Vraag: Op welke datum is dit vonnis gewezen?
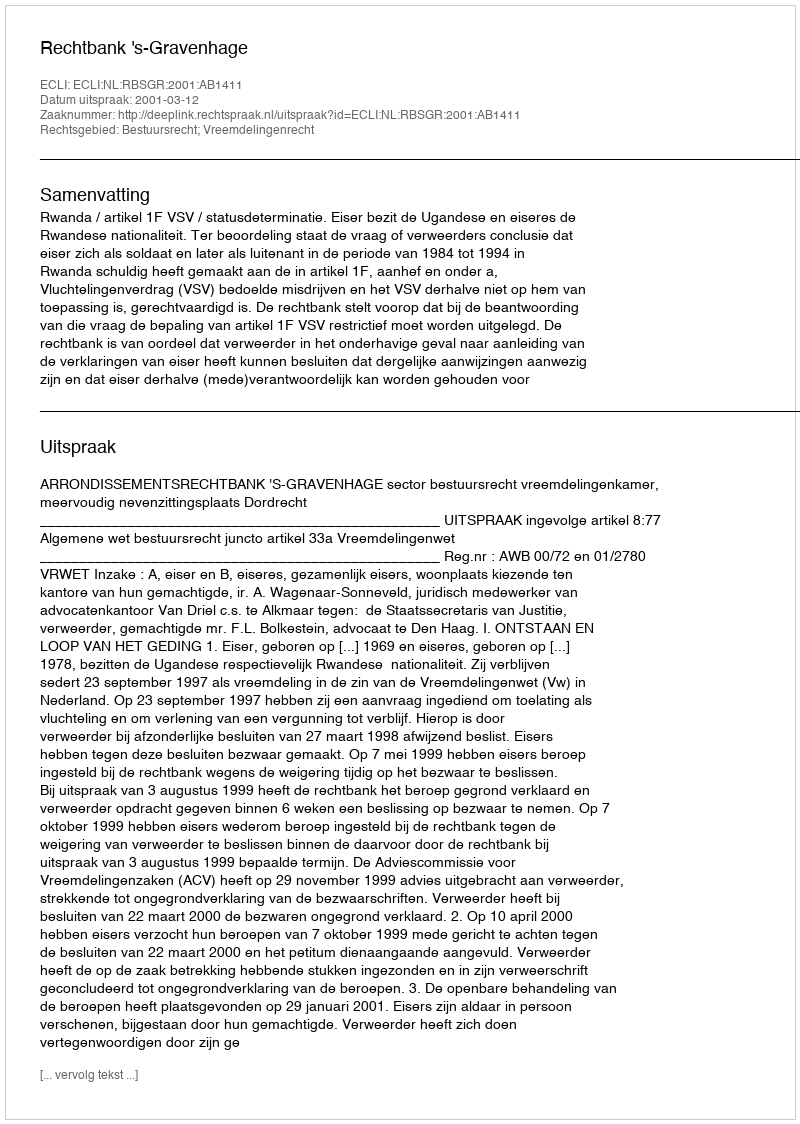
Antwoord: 2001-03-12